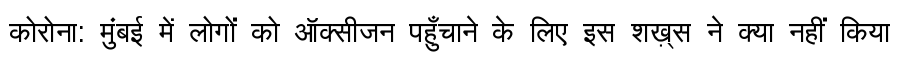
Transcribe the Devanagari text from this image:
कोरोना: मुंबई में लोगों को ऑक्सीजन पहुँचाने के लिए इस शख़्स ने क्या नहीं किया